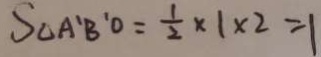
S _ { \Delta } A ^ { \prime } B ^ { \prime } O = \frac { 1 } { 2 } \times 1 \times 2 = 1